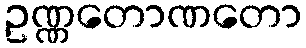
ဥဏ္ဏတောဏတော